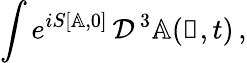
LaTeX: \int e^{iS[\mathbb{A},0]}\, {\cal D}^{\, 3}\mathbb{A}(\mathbb{x},t)\, ,